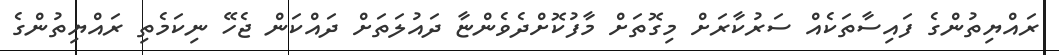
ރައްޔިތުންގެ ފައިސާތަކެއް ސަރުކާރަށް މިގޮތަށް މާފުކޮށްދެވެންޏާ ދައުލަތަށް ދައްކަންް ޖެހޭ ނިކަމެތި ރައްޔިތުންގެ